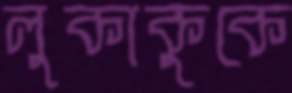
লুকাকুকে